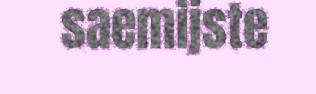
saemijste